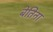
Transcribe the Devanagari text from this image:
बेतिना